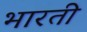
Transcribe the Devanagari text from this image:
भारतीे